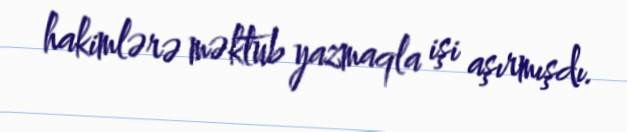
hakimlərə məktub yazmaqla işi aşırmışdı.